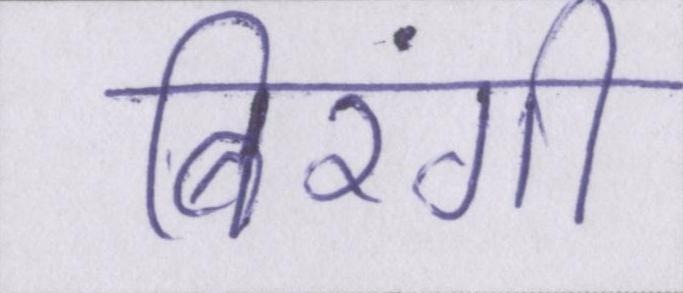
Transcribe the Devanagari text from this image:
बिरंगी